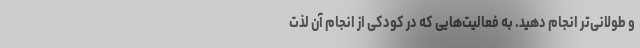
و طولانی‌تر انجام دهید. به فعالیت‌هایی که در کودکی از انجام آن لذت